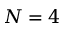
N = 4